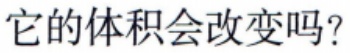
它的体积会改变吗？